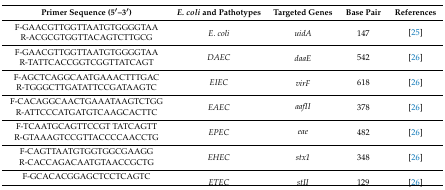
| Primer Sequence (5′–3′) | E. coli and Pathotypes | Targeted Genes | Base Pair | References |
 | --- | --- | --- | --- | --- |
 | F-GAACGTTGGTTAATGTGGGGTAA | <ROWSPAN=2> E. coli | <ROWSPAN=2> uidA | <ROWSPAN=2> 147 | <ROWSPAN=2> [25] |
 | R-ACGCGTGGTTACAGTCTTGCG |
 | F-GAACGTTGGTTAATGTGGGGTAA | <ROWSPAN=2> DAEC | <ROWSPAN=2> daaE | <ROWSPAN=2> 542 | <ROWSPAN=2> [26] |
 | R-TATTCACCGGTCGGTTATCAGT |
 | F-AGCTCAGGCAATGAAACTTTGAC | <ROWSPAN=2> EIEC | <ROWSPAN=2> virF | <ROWSPAN=2> 618 | <ROWSPAN=2> [26] |
 | R-TGGGCTTGATATTCCGATAAGTC |
 | F-CACAGGCAACTGAAATAAGTCTGG | <ROWSPAN=2> EAEC | <ROWSPAN=2> aafII | <ROWSPAN=2> 378 | <ROWSPAN=2> [26] |
 | R-ATTCCCATGATGTCAAGCACTTC |
 | F-TCAATGCAGTTCCGT TATCAGTT | <ROWSPAN=2> EPEC | <ROWSPAN=2> eae | <ROWSPAN=2> 482 | <ROWSPAN=2> [26] |
 | R-GTAAAGTCCGTTACCCCAACCTG |
 | F-CAGTTAATGTGGTGGCGAAGG | <ROWSPAN=2> EHEC | <ROWSPAN=2> stx1 | <ROWSPAN=2> 348 | <ROWSPAN=2> [26] |
 | R-CACCAGACAATGTAACCGCTG |
 | F-GCACACGGAGCTCCTCAGTC | <ROWSPAN=2> ETEC | <ROWSPAN=2> stII | <ROWSPAN=2> 129 | <ROWSPAN=2> [26] |